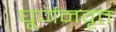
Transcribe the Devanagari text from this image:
घूर्णनवृत्त